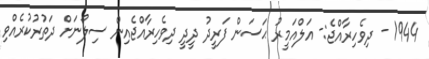
1944 - ދިވެހިރާއްޖެ:- އަލްއަމީރު ޙަސަން ފަރީދު ދީދީ ދިވެހިރާއްޖެއިން ސިލޯނަށް ދަތުރުކުރެއްވި